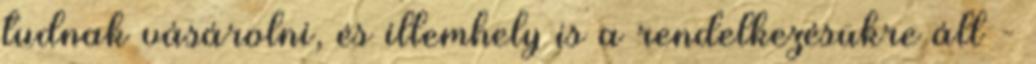
tudnak vásárolni, és illemhely is a rendelkezésükre áll -